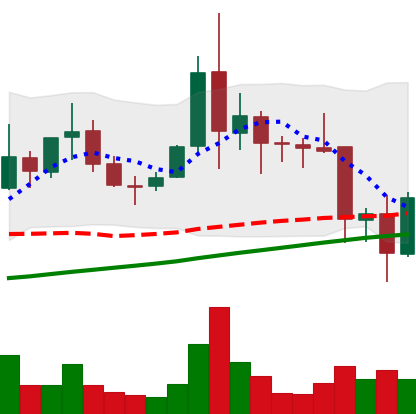
Ticker: XLM-USD
Chart end date: 2021-11-19
Forward return: -5.862%
Label: down_5_7